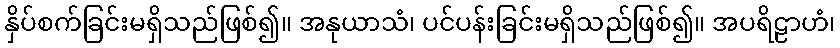
နှိပ်စက်ခြင်းမရှိသည်ဖြစ်၍။ အနုယာသံ၊ ပင်ပန်းခြင်းမရှိသည်ဖြစ်၍။ အပရိဠာဟံ၊